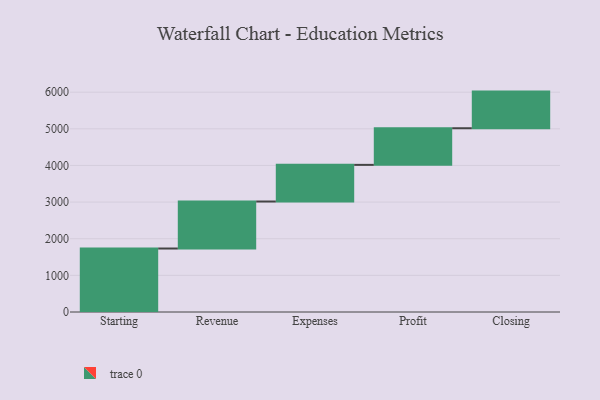
{"axis": {"x": "Step", "y": "Value"}, "legend": [""], "data": [{"x": "Starting", "y": 1733.0, "type": ""}, {"x": "Revenue", "y": 1283.0, "type": ""}, {"x": "Expenses", "y": 1000, "type": ""}, {"x": "Profit", "y": 1000, "type": ""}, {"x": "Closing", "y": 1000, "type": ""}]}